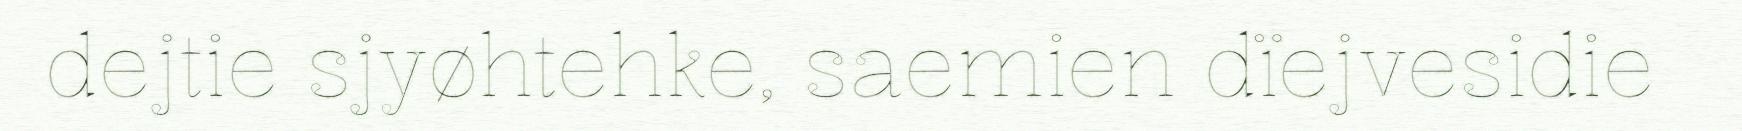
dejtie sjyøhtehke, saemien dïejvesidie